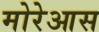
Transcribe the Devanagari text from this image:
मोरेआस